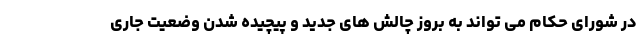
در شورای حکام می تواند به بروز چالش های جدید و پیچیده شدن وضعیت جاری